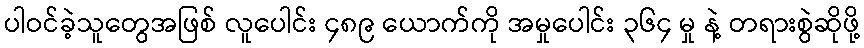
ပါဝင်ခဲ့သူတွေအဖြစ် လူပေါင်း ၄၈၉ ယောက်ကို အမှုပေါင်း ၃၆၄ မှု နဲ့ တရားစွဲဆိုဖို့